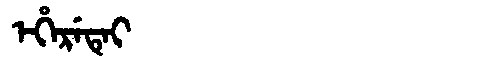
Manchu: ᡝᡥᡝᡵᡝᡨᡝᡳ
Romanization: EHERETEI